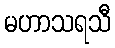
မဟာသရသီ